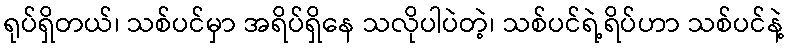
ရုပ်ရှိတယ်၊ သစ်ပင်မှာ အရိပ်ရှိနေ သလိုပါပဲတဲ့၊ သစ်ပင်ရဲ့ရိပ်ဟာ သစ်ပင်နဲ့